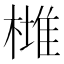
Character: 𣙯